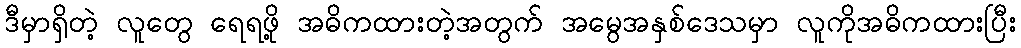
ဒီမှာရှိတဲ့ လူတွေ ရေရဖို့ အဓိကထားတဲ့အတွက် အမွေအနှစ်ဒေသမှာ လူကိုအဓိကထားပြီး